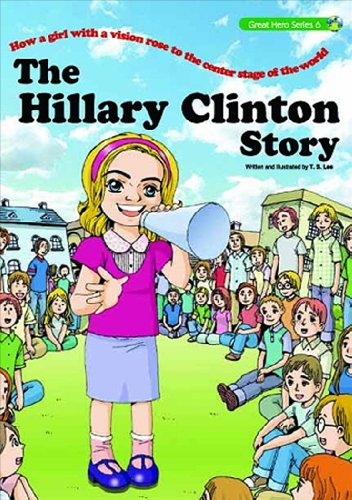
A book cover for The Hillary Clinton Story: How a Girl with a Vision rose to the Center Stage of the World (Great Hero Series); T.S. Lee; Comics & Graphic Novels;